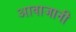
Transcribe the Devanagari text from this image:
आवाजानी